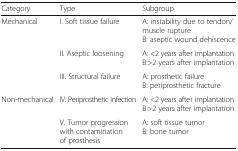
| Category | Type | Subgroup |
 | --- | --- | --- |
 | <ROWSPAN=3> Mechanical | I. Soft tissue failure | A: instability due to tendon/muscle ruptureB: aseptic wound dehiscence |
 | II. Aseptic loosening | A: <2 years after implantationB:>2 years after implantation |
 | III. Structural failure | A: prosthetic failureB: periprosthetic fracture |
 | Non-mechanical | IV. Periprosthetic infection | A: <2 years after implantationB:>2 years after implantation |
 |  | V. Tumor progression with contamination of prosthesis | A: soft tissue tumorB: bone tumor |